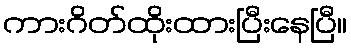
ကားဂိတ်ထိုးထားပြီးနေပြီ။